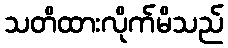
သတိထားလိုက်မိသည်